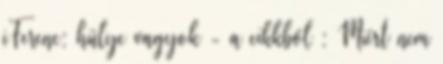
iFerenc: hülye vagyok - a cikkből : Miért nem